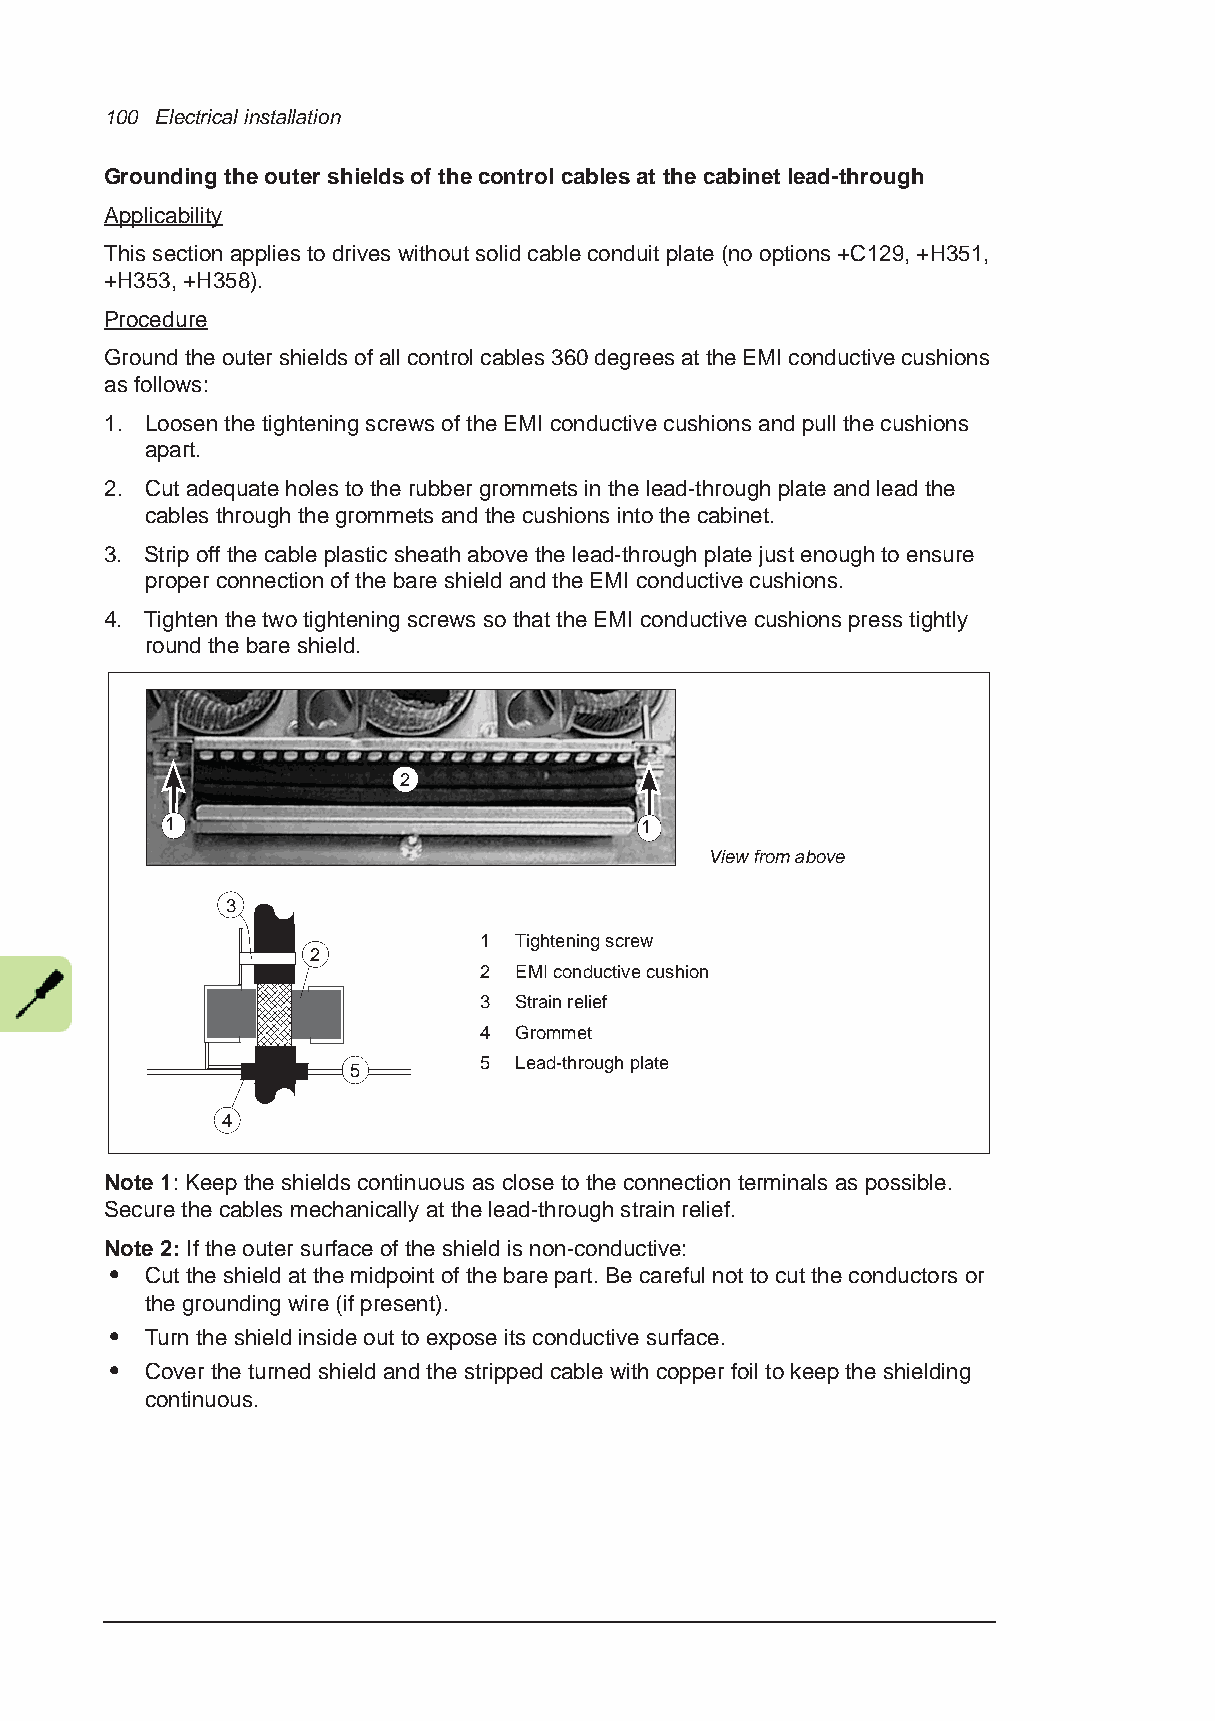
100 Electrical installation
 Grounding the outer shields of the control cables at the cabinet lead-through
 Applicability
 This section applies to drives without solid cable conduit plate (no options +C129, +H351,
 +H353, +H358).
 Procedure
 Ground the outer shields of all control cables 360 degrees at the EMI conductive cushions
 as follows:
 1. Loosen the tightening screws of the EMI conductive cushions and pull the cushions
 apart.
 2. Cut adequate holes to the rubber grommets in the lead-through plate and lead the
 cables through the grommets and the cushions into the cabinet.
 3. Strip off the cable plastic sheath above the lead-through plate just enough to ensure
 proper connection of the bare shield and the EMI conductive cushions.
 4. Tighten the two tightening screws so that the EMI conductive cushions press tightly
 round the bare shield.
 2
 1                              1
 View from above
 3
 1 Tightening screw
 2
 2 EMI conductive cushion
 3 Strain relief
 4 Grommet
 5 Lead-through plate
 5
 4
 Note 1: Keep the shields continuous as close to the connection terminals as possible.
 Secure the cables mechanically at the lead-through strain relief.
 Note 2: If the outer surface of the shield is non-conductive:
 •  Cut the shield at the midpoint of the bare part. Be careful not to cut the conductors or
 the grounding wire (if present).
 •  Turn the shield inside out to expose its conductive surface.
 •  Cover the turned shield and the stripped cable with copper foil to keep the shielding
 continuous.